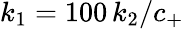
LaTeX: k_{1}=100\, k_{2}/c_{+}